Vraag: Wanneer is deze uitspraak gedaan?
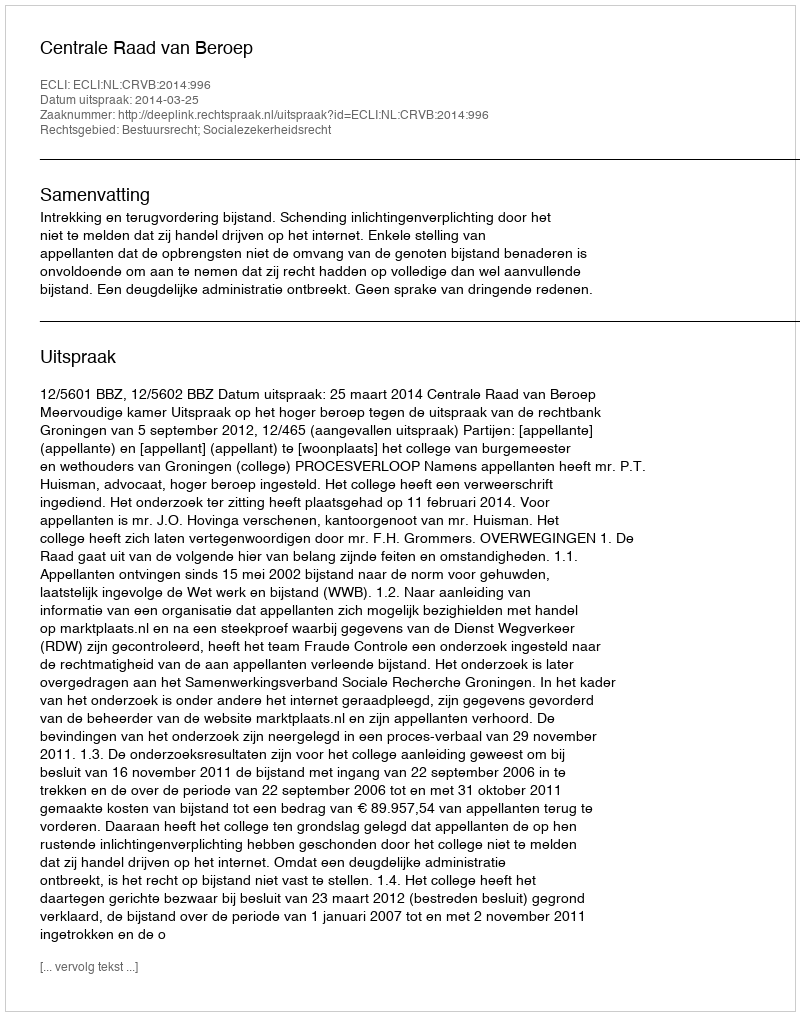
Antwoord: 2014-03-25